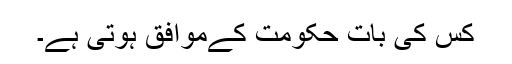
کس کی بات حکومت کےموافق ہوتی ہے۔